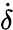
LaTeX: \dot{\delta}